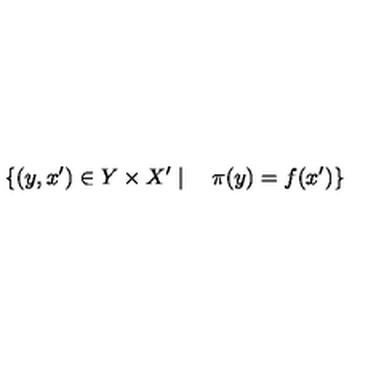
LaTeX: \{ ( y , x ^ { \prime } ) \in Y \times X ^ { \prime } \mid \quad \pi ( y ) = f ( x ^ { \prime } ) \}